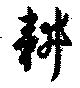
耕